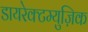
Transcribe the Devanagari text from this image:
डायरेक्टम्युज़िक